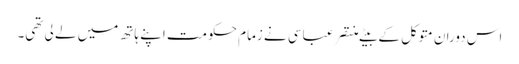
اس دوران متوکل کے بیٹے منتصر عباسی نے زمام حکومت اپنے ہاتھ میں لے لی تھی۔